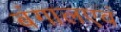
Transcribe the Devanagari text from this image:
बंगालएवं